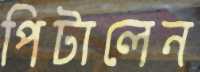
পিটালেন